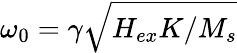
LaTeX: \omega_{0}=\gamma\sqrt{H_{ex}K/M_{s}}